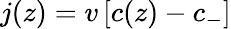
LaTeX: {j(z)=v\, [c(z)-c_{-}]}